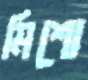
মিশো